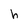
Character: h